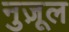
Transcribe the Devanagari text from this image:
नुज़ूल